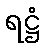
ရဋ္ဌံ